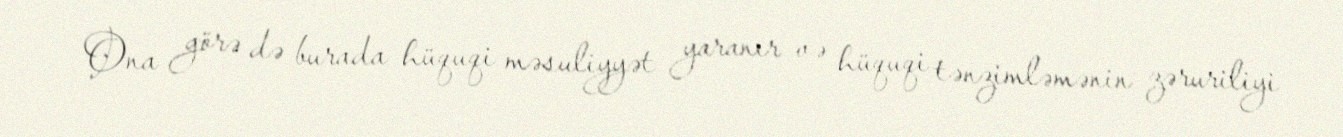
Ona görə də burada hüquqi məsuliyyət yaranır və hüquqi tənzimləmənin zəruriliyi